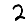
Digit: 2